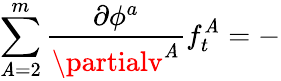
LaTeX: \sum_{\mathit{A}=2}^{m}\frac{{\partial\phi^{a}}}{{\partialv^{\mathit{A}}}}f_{t}^{\mathit{A}}=-